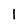
Character: 1